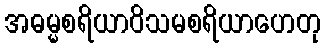
အဓမ္မစရိယာဝိသမစရိယာဟေတု